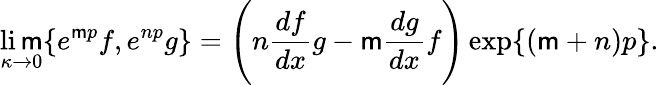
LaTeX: \operatorname*{li\mathsf{m}}_{\kappa\to0}\{ e^{\mathsf{m}p}f,e^{np}g\} =\Bigg(n\frac{{df}}{{dx}}g-\mathsf{m}\frac{{dg}}{{dx}}f\Bigg)\exp\{ (\mathsf{m}+n)p\} .